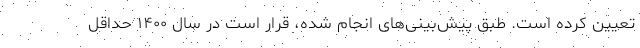
تعیین کرده است. طبق پیش‌بینی‌های انجام شده، قرار است در سال ۱۴۰۰ حداقل